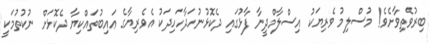
ބިރުވެތިވާށެވެ! މުސްލިމު ވެރިޔަކު އިސްލާމްދީނާ ފާޅުގައި ދެކޮޅުނުހަދާހަހިދަކު އެވެރިޔާގެ ޢައިބުތައްކިޔާ ދެކޮޅަށް ނުކުތުމަކީ